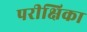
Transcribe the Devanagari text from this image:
परीक्षिका